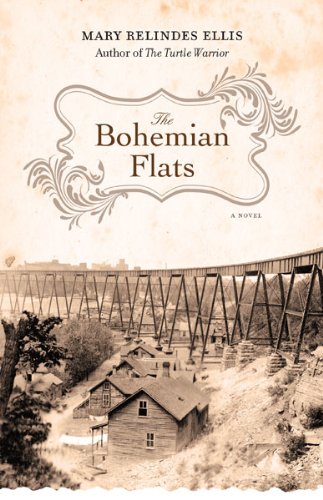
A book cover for The Bohemian Flats: A Novel; Mary Relindes Ellis; Literature & Fiction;